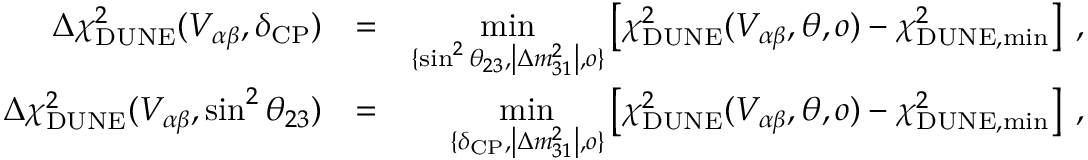
\begin{array} { r l r } { \Delta \chi _ { \mathrm { D U N E } } ^ { 2 } ( V _ { \alpha \beta } , \delta _ { \mathrm { C P } } ) } & { = } & { \underset { \{ \sin ^ { 2 } \theta _ { 2 3 } , \left\vert \Delta m _ { 3 1 } ^ { 2 } \right\vert , o \} } { \mathrm { m i n } } \left[ \chi _ { \mathrm { D U N E } } ^ { 2 } ( V _ { \alpha \beta } , \boldsymbol { \theta } , o ) - \chi _ { \mathrm { D U N E , m i n } } ^ { 2 } \right] \; , } \\ { \Delta \chi _ { \mathrm { D U N E } } ^ { 2 } ( V _ { \alpha \beta } , \sin ^ { 2 } \theta _ { 2 3 } ) } & { = } & { \underset { \{ \delta _ { \mathrm { C P } } , \left\vert \Delta m _ { 3 1 } ^ { 2 } \right\vert , o \} } { \mathrm { m i n } } \left[ \chi _ { \mathrm { D U N E } } ^ { 2 } ( V _ { \alpha \beta } , \boldsymbol { \theta } , o ) - \chi _ { \mathrm { D U N E , m i n } } ^ { 2 } \right] \; , } \end{array}